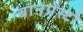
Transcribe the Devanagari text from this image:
बानप्रेस्टो